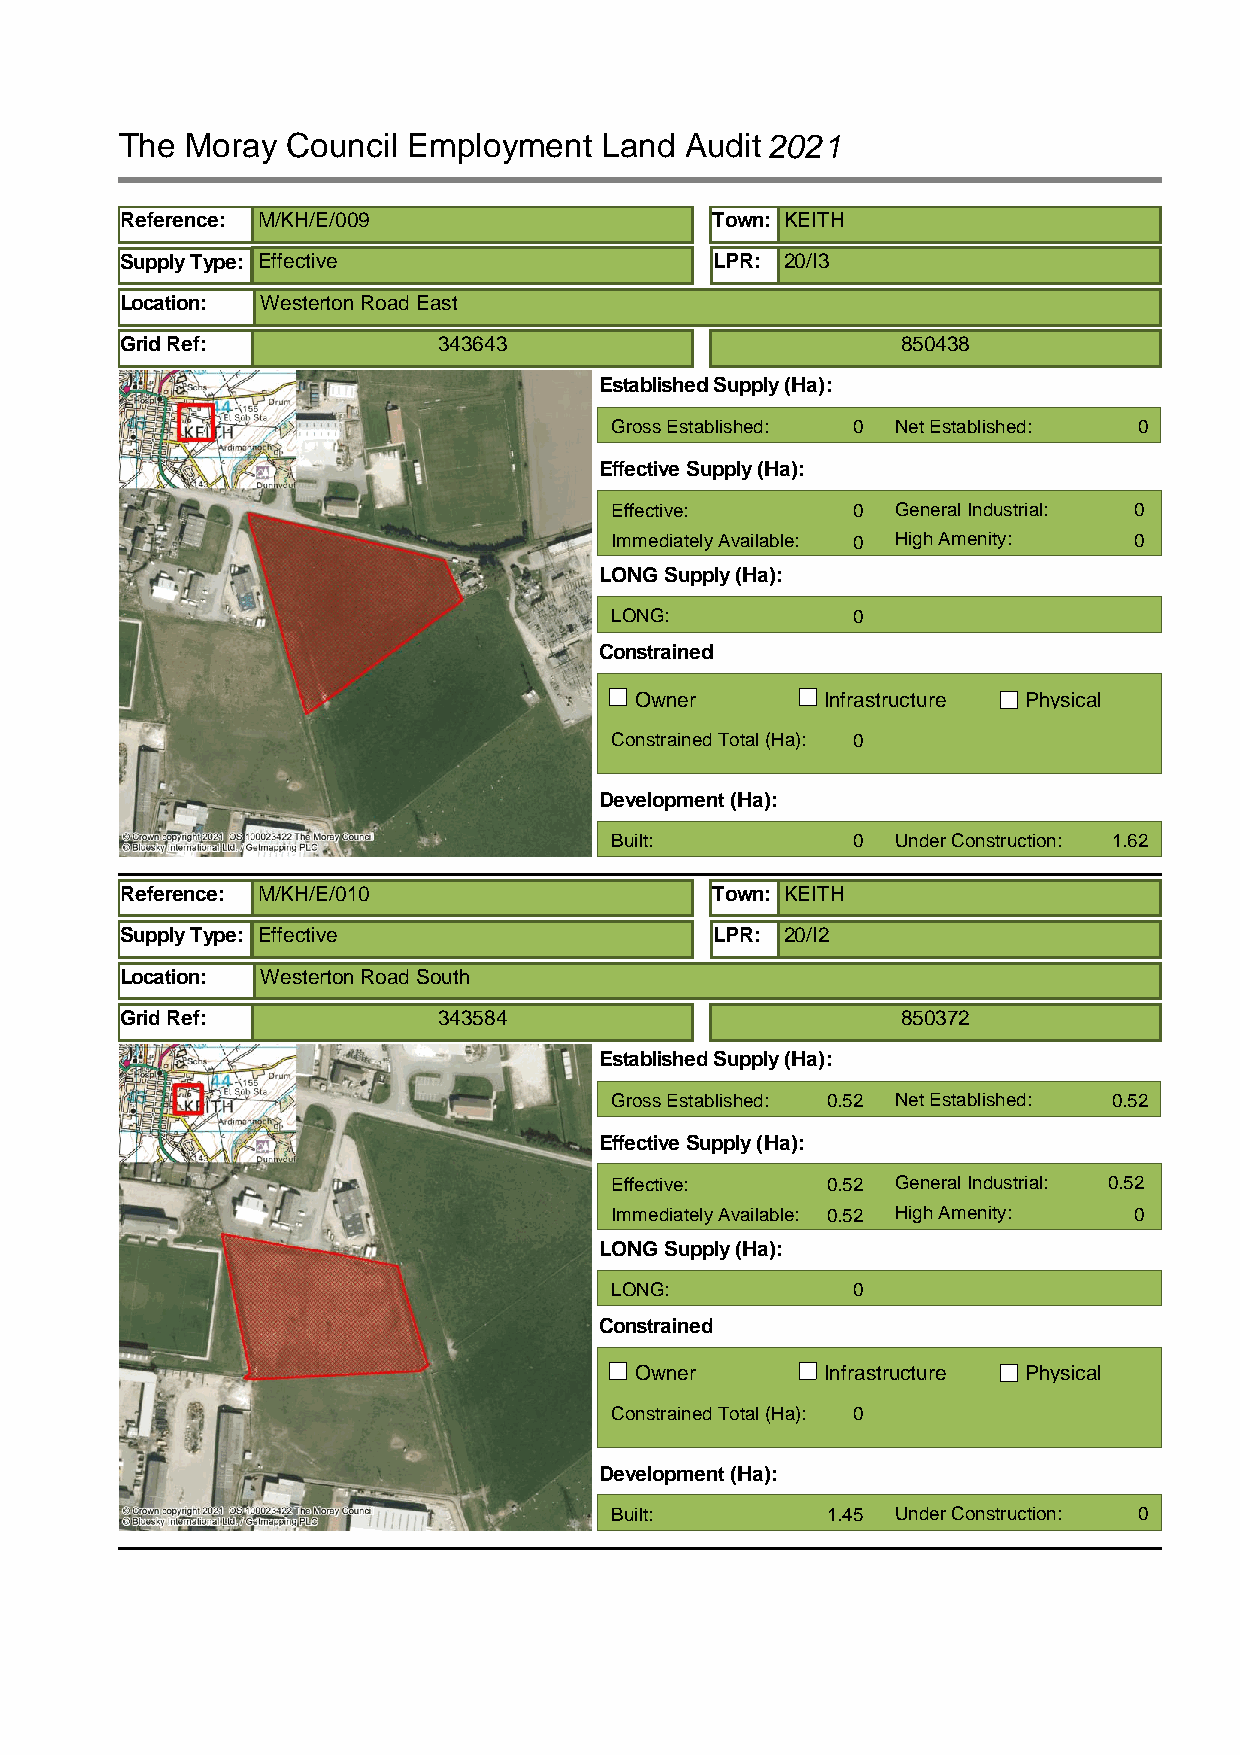
The Moray  Council Employment   Land Audit2021
 Reference: M/KH/E/009                  Town: KEITH
 Supply Type: Effective                 LPR: 20/I3
 Location: Westerton Road East
 Grid Ref:            343643                         850438
 Established Supply (Ha):
 Gross Established: 0 Net Established: 0
 Effective Supply (Ha):
 Effective:      0  General Industrial: 0
 Immediately Available: 0 High Amenity: 0
 LONG Supply (Ha):
 LONG:           0
 Constrained
 Owner        Infrastructure Physical
 Constrained Total (Ha): 0
 Development (Ha):
 Built:          0  Under Construction: 1.62
 Reference: M/KH/E/010                  Town: KEITH
 Supply Type: Effective                 LPR: 20/I2
 Location: Westerton Road South
 Grid Ref:            343584                         850372
 Established Supply (Ha):
 Gross Established: 0.52 Net Established: 0.52
 Effective Supply (Ha):
 Effective:     0.52 General Industrial: 0.52
 Immediately Available: 0.52 High Amenity: 0
 LONG Supply (Ha):
 LONG:           0
 Constrained
 Owner        Infrastructure Physical
 Constrained Total (Ha): 0
 Development (Ha):
 Built:         1.45 Under Construction: 0